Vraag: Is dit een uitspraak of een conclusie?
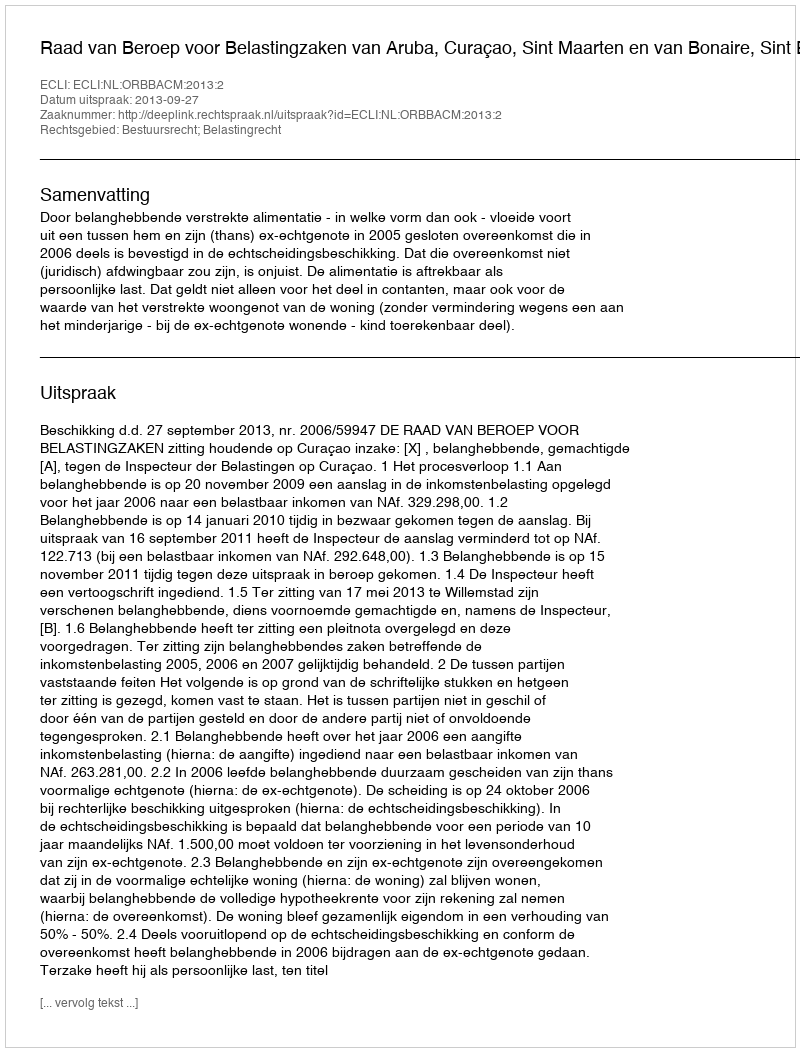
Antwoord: Uitspraak